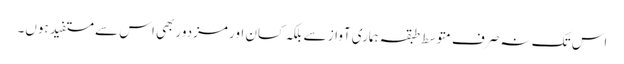
اس تک نہ صرف متوسط طبقہ ہماری آواز سے بلکہ کسان اور مزدور بھی اس سے مستفید ہوں۔